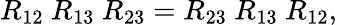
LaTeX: R_{12}\ R_{13}\ R_{23}=R_{23}\ R_{13}\ R_{12},